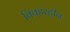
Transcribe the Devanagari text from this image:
विकारहीन